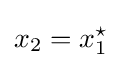
x_{2}=x_{1}^{\star }